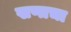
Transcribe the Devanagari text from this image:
खणाचा